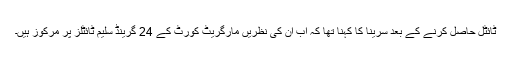
ٹائٹل حاصل کرنے کے بعد سرینا کا کہنا تھا کہ اب ان کی نظریں مارگریٹ کورٹ کے 24 گرینڈ سلیم ٹائٹلز پر مرکوز ہیں۔